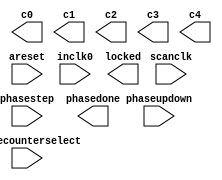
// megafunction wizard: %ALTPLL%VBB%
// GENERATION: STANDARD
// VERSION: WM1.0
// MODULE: altpll 

// ============================================================
// Megafunction Name(s):
// 			altpll
//
// Simulation Library Files(s):
// 			
// ============================================================
// ************************************************************
// THIS IS A WIZARD-GENERATED FILE. DO NOT EDIT THIS FILE!
//
// 10.1 Build 153 11/29/2010 SJ Full Version
// ************************************************************

//Copyright (C) 1991-2010 Altera Corporation
//Your use of Altera Corporation's design tools, logic functions 
//and other software and tools, and its AMPP partner logic 
//functions, and any output files from any of the foregoing 
//(including device programming or simulation files), and any 
//associated documentation or information are expressly subject 
//to the terms and conditions of the Altera Program License 
//Subscription Agreement, Altera MegaCore Function License 
//Agreement, or other applicable license agreement, including, 
//without limitation, that your use is for the sole purpose of 
//programming logic devices manufactured by Altera and sold by 
//Altera or its authorized distributors.  Please refer to the 
//applicable agreement for further details.

module ddr2_sdram_phy_alt_mem_phy_pll (
	areset,
	inclk0,
	phasecounterselect,
	phasestep,
	phaseupdown,
	scanclk,
	c0,
	c1,
	c2,
	c3,
	c4,
	locked,
	phasedone);

	input	  areset;
	input	  inclk0;
	input	[2:0]  phasecounterselect;
	input	  phasestep;
	input	  phaseupdown;
	input	  scanclk;
	output	  c0;
	output	  c1;
	output	  c2;
	output	  c3;
	output	  c4;
	output	  locked;
	output	  phasedone;
`ifndef ALTERA_RESERVED_QIS
// synopsys translate_off
`endif
	tri0	  areset;
	tri0	[2:0]  phasecounterselect;
	tri0	  phasestep;
	tri0	  phaseupdown;
`ifndef ALTERA_RESERVED_QIS
// synopsys translate_on
`endif

endmodule

// ============================================================
// CNX file retrieval info
// ============================================================
// Retrieval info: PRIVATE: ACTIVECLK_CHECK STRING "0"
// Retrieval info: PRIVATE: BANDWIDTH STRING "1.000"
// Retrieval info: PRIVATE: BANDWIDTH_FEATURE_ENABLED STRING "1"
// Retrieval info: PRIVATE: BANDWIDTH_FREQ_UNIT STRING "MHz"
// Retrieval info: PRIVATE: BANDWIDTH_PRESET STRING "Low"
// Retrieval info: PRIVATE: BANDWIDTH_USE_AUTO STRING "1"
// Retrieval info: PRIVATE: BANDWIDTH_USE_PRESET STRING "0"
// Retrieval info: PRIVATE: CLKBAD_SWITCHOVER_CHECK STRING "0"
// Retrieval info: PRIVATE: CLKLOSS_CHECK STRING "0"
// Retrieval info: PRIVATE: CLKSWITCH_CHECK STRING "0"
// Retrieval info: PRIVATE: CNX_NO_COMPENSATE_RADIO STRING "0"
// Retrieval info: PRIVATE: CREATE_CLKBAD_CHECK STRING "0"
// Retrieval info: PRIVATE: CREATE_INCLK1_CHECK STRING "0"
// Retrieval info: PRIVATE: CUR_DEDICATED_CLK STRING "c1"
// Retrieval info: PRIVATE: CUR_FBIN_CLK STRING "e0"
// Retrieval info: PRIVATE: DEVICE_SPEED_GRADE STRING "7"
// Retrieval info: PRIVATE: DIV_FACTOR0 NUMERIC "1"
// Retrieval info: PRIVATE: DIV_FACTOR1 NUMERIC "1"
// Retrieval info: PRIVATE: DIV_FACTOR2 NUMERIC "1"
// Retrieval info: PRIVATE: DIV_FACTOR3 NUMERIC "1"
// Retrieval info: PRIVATE: DIV_FACTOR4 NUMERIC "1"
// Retrieval info: PRIVATE: DUTY_CYCLE0 STRING "50.00000000"
// Retrieval info: PRIVATE: DUTY_CYCLE1 STRING "50.00000000"
// Retrieval info: PRIVATE: DUTY_CYCLE2 STRING "50.00000000"
// Retrieval info: PRIVATE: DUTY_CYCLE3 STRING "50.00000000"
// Retrieval info: PRIVATE: DUTY_CYCLE4 STRING "50.00000000"
// Retrieval info: PRIVATE: EFF_OUTPUT_FREQ_VALUE0 STRING "76.925003"
// Retrieval info: PRIVATE: EFF_OUTPUT_FREQ_VALUE1 STRING "153.850006"
// Retrieval info: PRIVATE: EFF_OUTPUT_FREQ_VALUE2 STRING "153.850006"
// Retrieval info: PRIVATE: EFF_OUTPUT_FREQ_VALUE3 STRING "153.850006"
// Retrieval info: PRIVATE: EFF_OUTPUT_FREQ_VALUE4 STRING "153.850006"
// Retrieval info: PRIVATE: EXPLICIT_SWITCHOVER_COUNTER STRING "0"
// Retrieval info: PRIVATE: EXT_FEEDBACK_RADIO STRING "0"
// Retrieval info: PRIVATE: GLOCKED_COUNTER_EDIT_CHANGED STRING "1"
// Retrieval info: PRIVATE: GLOCKED_FEATURE_ENABLED STRING "0"
// Retrieval info: PRIVATE: GLOCKED_MODE_CHECK STRING "0"
// Retrieval info: PRIVATE: GLOCK_COUNTER_EDIT NUMERIC "1048575"
// Retrieval info: PRIVATE: HAS_MANUAL_SWITCHOVER STRING "1"
// Retrieval info: PRIVATE: INCLK0_FREQ_EDIT STRING "50.000"
// Retrieval info: PRIVATE: INCLK0_FREQ_UNIT_COMBO STRING "MHz"
// Retrieval info: PRIVATE: INCLK1_FREQ_EDIT STRING "100.000"
// Retrieval info: PRIVATE: INCLK1_FREQ_EDIT_CHANGED STRING "1"
// Retrieval info: PRIVATE: INCLK1_FREQ_UNIT_CHANGED STRING "1"
// Retrieval info: PRIVATE: INCLK1_FREQ_UNIT_COMBO STRING "MHz"
// Retrieval info: PRIVATE: INTENDED_DEVICE_FAMILY STRING "Cyclone III"
// Retrieval info: PRIVATE: INT_FEEDBACK__MODE_RADIO STRING "1"
// Retrieval info: PRIVATE: LOCKED_OUTPUT_CHECK STRING "1"
// Retrieval info: PRIVATE: LONG_SCAN_RADIO STRING "1"
// Retrieval info: PRIVATE: LVDS_MODE_DATA_RATE STRING "Not Available"
// Retrieval info: PRIVATE: LVDS_MODE_DATA_RATE_DIRTY NUMERIC "0"
// Retrieval info: PRIVATE: LVDS_PHASE_SHIFT_UNIT0 STRING "deg"
// Retrieval info: PRIVATE: LVDS_PHASE_SHIFT_UNIT1 STRING "deg"
// Retrieval info: PRIVATE: LVDS_PHASE_SHIFT_UNIT2 STRING "deg"
// Retrieval info: PRIVATE: LVDS_PHASE_SHIFT_UNIT3 STRING "deg"
// Retrieval info: PRIVATE: LVDS_PHASE_SHIFT_UNIT4 STRING "deg"
// Retrieval info: PRIVATE: MANUAL_PHASE_SHIFT_STEP_EDIT STRING "101.00000000"
// Retrieval info: PRIVATE: MANUAL_PHASE_SHIFT_STEP_UNIT STRING "ps"
// Retrieval info: PRIVATE: MIG_DEVICE_SPEED_GRADE STRING "Any"
// Retrieval info: PRIVATE: MIRROR_CLK0 STRING "0"
// Retrieval info: PRIVATE: MIRROR_CLK1 STRING "0"
// Retrieval info: PRIVATE: MIRROR_CLK2 STRING "0"
// Retrieval info: PRIVATE: MIRROR_CLK3 STRING "0"
// Retrieval info: PRIVATE: MIRROR_CLK4 STRING "0"
// Retrieval info: PRIVATE: MULT_FACTOR0 NUMERIC "1"
// Retrieval info: PRIVATE: MULT_FACTOR1 NUMERIC "2"
// Retrieval info: PRIVATE: MULT_FACTOR2 NUMERIC "2"
// Retrieval info: PRIVATE: MULT_FACTOR3 NUMERIC "2"
// Retrieval info: PRIVATE: MULT_FACTOR4 NUMERIC "2"
// Retrieval info: PRIVATE: NORMAL_MODE_RADIO STRING "1"
// Retrieval info: PRIVATE: OUTPUT_FREQ0 STRING "76.92500000"
// Retrieval info: PRIVATE: OUTPUT_FREQ1 STRING "153.85000000"
// Retrieval info: PRIVATE: OUTPUT_FREQ2 STRING "153.85000000"
// Retrieval info: PRIVATE: OUTPUT_FREQ3 STRING "153.85000000"
// Retrieval info: PRIVATE: OUTPUT_FREQ4 STRING "153.85000000"
// Retrieval info: PRIVATE: OUTPUT_FREQ_MODE0 STRING "1"
// Retrieval info: PRIVATE: OUTPUT_FREQ_MODE1 STRING "1"
// Retrieval info: PRIVATE: OUTPUT_FREQ_MODE2 STRING "1"
// Retrieval info: PRIVATE: OUTPUT_FREQ_MODE3 STRING "1"
// Retrieval info: PRIVATE: OUTPUT_FREQ_MODE4 STRING "1"
// Retrieval info: PRIVATE: OUTPUT_FREQ_UNIT0 STRING "MHz"
// Retrieval info: PRIVATE: OUTPUT_FREQ_UNIT1 STRING "MHz"
// Retrieval info: PRIVATE: OUTPUT_FREQ_UNIT2 STRING "MHz"
// Retrieval info: PRIVATE: OUTPUT_FREQ_UNIT3 STRING "MHz"
// Retrieval info: PRIVATE: OUTPUT_FREQ_UNIT4 STRING "MHz"
// Retrieval info: PRIVATE: PHASE_RECONFIG_FEATURE_ENABLED STRING "1"
// Retrieval info: PRIVATE: PHASE_RECONFIG_INPUTS_CHECK STRING "1"
// Retrieval info: PRIVATE: PHASE_SHIFT0 STRING "0.00000000"
// Retrieval info: PRIVATE: PHASE_SHIFT1 STRING "0.00000000"
// Retrieval info: PRIVATE: PHASE_SHIFT2 STRING "-90.00000000"
// Retrieval info: PRIVATE: PHASE_SHIFT3 STRING "0.00000000"
// Retrieval info: PRIVATE: PHASE_SHIFT4 STRING "0.00000000"
// Retrieval info: PRIVATE: PHASE_SHIFT_STEP_ENABLED_CHECK STRING "1"
// Retrieval info: PRIVATE: PHASE_SHIFT_UNIT0 STRING "deg"
// Retrieval info: PRIVATE: PHASE_SHIFT_UNIT1 STRING "deg"
// Retrieval info: PRIVATE: PHASE_SHIFT_UNIT2 STRING "deg"
// Retrieval info: PRIVATE: PHASE_SHIFT_UNIT3 STRING "deg"
// Retrieval info: PRIVATE: PHASE_SHIFT_UNIT4 STRING "deg"
// Retrieval info: PRIVATE: PLL_ADVANCED_PARAM_CHECK STRING "0"
// Retrieval info: PRIVATE: PLL_ARESET_CHECK STRING "1"
// Retrieval info: PRIVATE: PLL_AUTOPLL_CHECK NUMERIC "1"
// Retrieval info: PRIVATE: PLL_ENHPLL_CHECK NUMERIC "0"
// Retrieval info: PRIVATE: PLL_FASTPLL_CHECK NUMERIC "0"
// Retrieval info: PRIVATE: PLL_FBMIMIC_CHECK STRING "0"
// Retrieval info: PRIVATE: PLL_LVDS_PLL_CHECK NUMERIC "0"
// Retrieval info: PRIVATE: PLL_PFDENA_CHECK STRING "0"
// Retrieval info: PRIVATE: PLL_TARGET_HARCOPY_CHECK NUMERIC "0"
// Retrieval info: PRIVATE: PRIMARY_CLK_COMBO STRING "inclk0"
// Retrieval info: PRIVATE: RECONFIG_FILE STRING "alt_mem_phy_pll.mif"
// Retrieval info: PRIVATE: SACN_INPUTS_CHECK STRING "0"
// Retrieval info: PRIVATE: SCAN_FEATURE_ENABLED STRING "1"
// Retrieval info: PRIVATE: SELF_RESET_LOCK_LOSS STRING "0"
// Retrieval info: PRIVATE: SHORT_SCAN_RADIO STRING "0"
// Retrieval info: PRIVATE: SPREAD_FEATURE_ENABLED STRING "0"
// Retrieval info: PRIVATE: SPREAD_FREQ STRING "50.000"
// Retrieval info: PRIVATE: SPREAD_FREQ_UNIT STRING "KHz"
// Retrieval info: PRIVATE: SPREAD_PERCENT STRING "0.500"
// Retrieval info: PRIVATE: SPREAD_USE STRING "0"
// Retrieval info: PRIVATE: SRC_SYNCH_COMP_RADIO STRING "0"
// Retrieval info: PRIVATE: STICKY_CLK0 STRING "1"
// Retrieval info: PRIVATE: STICKY_CLK1 STRING "1"
// Retrieval info: PRIVATE: STICKY_CLK2 STRING "1"
// Retrieval info: PRIVATE: STICKY_CLK3 STRING "1"
// Retrieval info: PRIVATE: STICKY_CLK4 STRING "1"
// Retrieval info: PRIVATE: SWITCHOVER_COUNT_EDIT NUMERIC "1"
// Retrieval info: PRIVATE: SWITCHOVER_FEATURE_ENABLED STRING "1"
// Retrieval info: PRIVATE: SYNTH_WRAPPER_GEN_POSTFIX STRING "0"
// Retrieval info: PRIVATE: USE_CLK0 STRING "1"
// Retrieval info: PRIVATE: USE_CLK1 STRING "1"
// Retrieval info: PRIVATE: USE_CLK2 STRING "1"
// Retrieval info: PRIVATE: USE_CLK3 STRING "1"
// Retrieval info: PRIVATE: USE_CLK4 STRING "1"
// Retrieval info: PRIVATE: USE_CLKENA0 STRING "0"
// Retrieval info: PRIVATE: USE_CLKENA1 STRING "0"
// Retrieval info: PRIVATE: USE_CLKENA2 STRING "0"
// Retrieval info: PRIVATE: USE_CLKENA3 STRING "0"
// Retrieval info: PRIVATE: USE_CLKENA4 STRING "0"
// Retrieval info: PRIVATE: USE_MIL_SPEED_GRADE NUMERIC "0"
// Retrieval info: PRIVATE: ZERO_DELAY_RADIO STRING "0"
// Retrieval info: LIBRARY: altera_mf altera_mf.altera_mf_components.all
// Retrieval info: CONSTANT: BANDWIDTH_TYPE STRING "AUTO"
// Retrieval info: CONSTANT: CLK0_DIVIDE_BY NUMERIC "2000"
// Retrieval info: CONSTANT: CLK0_DUTY_CYCLE NUMERIC "50"
// Retrieval info: CONSTANT: CLK0_MULTIPLY_BY NUMERIC "3077"
// Retrieval info: CONSTANT: CLK0_PHASE_SHIFT STRING "0"
// Retrieval info: CONSTANT: CLK1_DIVIDE_BY NUMERIC "1000"
// Retrieval info: CONSTANT: CLK1_DUTY_CYCLE NUMERIC "50"
// Retrieval info: CONSTANT: CLK1_MULTIPLY_BY NUMERIC "3077"
// Retrieval info: CONSTANT: CLK1_PHASE_SHIFT STRING "0"
// Retrieval info: CONSTANT: CLK2_DIVIDE_BY NUMERIC "1000"
// Retrieval info: CONSTANT: CLK2_DUTY_CYCLE NUMERIC "50"
// Retrieval info: CONSTANT: CLK2_MULTIPLY_BY NUMERIC "3077"
// Retrieval info: CONSTANT: CLK2_PHASE_SHIFT STRING "-1625"
// Retrieval info: CONSTANT: CLK3_DIVIDE_BY NUMERIC "1000"
// Retrieval info: CONSTANT: CLK3_DUTY_CYCLE NUMERIC "50"
// Retrieval info: CONSTANT: CLK3_MULTIPLY_BY NUMERIC "3077"
// Retrieval info: CONSTANT: CLK3_PHASE_SHIFT STRING "0"
// Retrieval info: CONSTANT: CLK4_DIVIDE_BY NUMERIC "1000"
// Retrieval info: CONSTANT: CLK4_DUTY_CYCLE NUMERIC "50"
// Retrieval info: CONSTANT: CLK4_MULTIPLY_BY NUMERIC "3077"
// Retrieval info: CONSTANT: CLK4_PHASE_SHIFT STRING "0"
// Retrieval info: CONSTANT: COMPENSATE_CLOCK STRING "CLK1"
// Retrieval info: CONSTANT: INCLK0_INPUT_FREQUENCY NUMERIC "20000"
// Retrieval info: CONSTANT: INTENDED_DEVICE_FAMILY STRING "Cyclone III"
// Retrieval info: CONSTANT: LPM_TYPE STRING "altpll"
// Retrieval info: CONSTANT: OPERATION_MODE STRING "NORMAL"
// Retrieval info: CONSTANT: PLL_TYPE STRING "AUTO"
// Retrieval info: CONSTANT: PORT_ACTIVECLOCK STRING "PORT_UNUSED"
// Retrieval info: CONSTANT: PORT_ARESET STRING "PORT_USED"
// Retrieval info: CONSTANT: PORT_CLKBAD0 STRING "PORT_UNUSED"
// Retrieval info: CONSTANT: PORT_CLKBAD1 STRING "PORT_UNUSED"
// Retrieval info: CONSTANT: PORT_CLKLOSS STRING "PORT_UNUSED"
// Retrieval info: CONSTANT: PORT_CLKSWITCH STRING "PORT_UNUSED"
// Retrieval info: CONSTANT: PORT_CONFIGUPDATE STRING "PORT_UNUSED"
// Retrieval info: CONSTANT: PORT_FBIN STRING "PORT_UNUSED"
// Retrieval info: CONSTANT: PORT_INCLK0 STRING "PORT_USED"
// Retrieval info: CONSTANT: PORT_INCLK1 STRING "PORT_UNUSED"
// Retrieval info: CONSTANT: PORT_LOCKED STRING "PORT_USED"
// Retrieval info: CONSTANT: PORT_PFDENA STRING "PORT_UNUSED"
// Retrieval info: CONSTANT: PORT_PHASECOUNTERSELECT STRING "PORT_USED"
// Retrieval info: CONSTANT: PORT_PHASEDONE STRING "PORT_USED"
// Retrieval info: CONSTANT: PORT_PHASESTEP STRING "PORT_USED"
// Retrieval info: CONSTANT: PORT_PHASEUPDOWN STRING "PORT_USED"
// Retrieval info: CONSTANT: PORT_PLLENA STRING "PORT_UNUSED"
// Retrieval info: CONSTANT: PORT_SCANACLR STRING "PORT_UNUSED"
// Retrieval info: CONSTANT: PORT_SCANCLK STRING "PORT_USED"
// Retrieval info: CONSTANT: PORT_SCANCLKENA STRING "PORT_UNUSED"
// Retrieval info: CONSTANT: PORT_SCANDATA STRING "PORT_UNUSED"
// Retrieval info: CONSTANT: PORT_SCANDATAOUT STRING "PORT_UNUSED"
// Retrieval info: CONSTANT: PORT_SCANDONE STRING "PORT_UNUSED"
// Retrieval info: CONSTANT: PORT_SCANREAD STRING "PORT_UNUSED"
// Retrieval info: CONSTANT: PORT_SCANWRITE STRING "PORT_UNUSED"
// Retrieval info: CONSTANT: PORT_clk0 STRING "PORT_USED"
// Retrieval info: CONSTANT: PORT_clk1 STRING "PORT_USED"
// Retrieval info: CONSTANT: PORT_clk2 STRING "PORT_USED"
// Retrieval info: CONSTANT: PORT_clk3 STRING "PORT_USED"
// Retrieval info: CONSTANT: PORT_clk4 STRING "PORT_USED"
// Retrieval info: CONSTANT: PORT_clk5 STRING "PORT_UNUSED"
// Retrieval info: CONSTANT: PORT_clkena0 STRING "PORT_UNUSED"
// Retrieval info: CONSTANT: PORT_clkena1 STRING "PORT_UNUSED"
// Retrieval info: CONSTANT: PORT_clkena2 STRING "PORT_UNUSED"
// Retrieval info: CONSTANT: PORT_clkena3 STRING "PORT_UNUSED"
// Retrieval info: CONSTANT: PORT_clkena4 STRING "PORT_UNUSED"
// Retrieval info: CONSTANT: PORT_clkena5 STRING "PORT_UNUSED"
// Retrieval info: CONSTANT: PORT_extclk0 STRING "PORT_UNUSED"
// Retrieval info: CONSTANT: PORT_extclk1 STRING "PORT_UNUSED"
// Retrieval info: CONSTANT: PORT_extclk2 STRING "PORT_UNUSED"
// Retrieval info: CONSTANT: PORT_extclk3 STRING "PORT_UNUSED"
// Retrieval info: CONSTANT: SELF_RESET_ON_LOSS_LOCK STRING "OFF"
// Retrieval info: CONSTANT: VCO_FREQUENCY_CONTROL STRING "MANUAL_PHASE"
// Retrieval info: CONSTANT: VCO_PHASE_SHIFT_STEP NUMERIC "101"
// Retrieval info: CONSTANT: WIDTH_CLOCK NUMERIC "5"
// Retrieval info: CONSTANT: WIDTH_PHASECOUNTERSELECT NUMERIC "3"
// Retrieval info: USED_PORT: @clk 0 0 5 0 OUTPUT_CLK_EXT VCC "@clk[4..0]"
// Retrieval info: USED_PORT: areset 0 0 0 0 INPUT GND "areset"
// Retrieval info: USED_PORT: c0 0 0 0 0 OUTPUT_CLK_EXT VCC "c0"
// Retrieval info: USED_PORT: c1 0 0 0 0 OUTPUT_CLK_EXT VCC "c1"
// Retrieval info: USED_PORT: c2 0 0 0 0 OUTPUT_CLK_EXT VCC "c2"
// Retrieval info: USED_PORT: c3 0 0 0 0 OUTPUT_CLK_EXT VCC "c3"
// Retrieval info: USED_PORT: c4 0 0 0 0 OUTPUT_CLK_EXT VCC "c4"
// Retrieval info: USED_PORT: inclk0 0 0 0 0 INPUT_CLK_EXT GND "inclk0"
// Retrieval info: USED_PORT: locked 0 0 0 0 OUTPUT GND "locked"
// Retrieval info: USED_PORT: phasecounterselect 0 0 3 0 INPUT GND "phasecounterselect[2..0]"
// Retrieval info: USED_PORT: phasedone 0 0 0 0 OUTPUT GND "phasedone"
// Retrieval info: USED_PORT: phasestep 0 0 0 0 INPUT GND "phasestep"
// Retrieval info: USED_PORT: phaseupdown 0 0 0 0 INPUT GND "phaseupdown"
// Retrieval info: USED_PORT: scanclk 0 0 0 0 INPUT_CLK_EXT VCC "scanclk"
// Retrieval info: CONNECT: @areset 0 0 0 0 areset 0 0 0 0
// Retrieval info: CONNECT: @inclk 0 0 1 1 GND 0 0 0 0
// Retrieval info: CONNECT: @inclk 0 0 1 0 inclk0 0 0 0 0
// Retrieval info: CONNECT: @phasecounterselect 0 0 3 0 phasecounterselect 0 0 3 0
// Retrieval info: CONNECT: @phasestep 0 0 0 0 phasestep 0 0 0 0
// Retrieval info: CONNECT: @phaseupdown 0 0 0 0 phaseupdown 0 0 0 0
// Retrieval info: CONNECT: @scanclk 0 0 0 0 scanclk 0 0 0 0
// Retrieval info: CONNECT: c0 0 0 0 0 @clk 0 0 1 0
// Retrieval info: CONNECT: c1 0 0 0 0 @clk 0 0 1 1
// Retrieval info: CONNECT: c2 0 0 0 0 @clk 0 0 1 2
// Retrieval info: CONNECT: c3 0 0 0 0 @clk 0 0 1 3
// Retrieval info: CONNECT: c4 0 0 0 0 @clk 0 0 1 4
// Retrieval info: CONNECT: locked 0 0 0 0 @locked 0 0 0 0
// Retrieval info: CONNECT: phasedone 0 0 0 0 @phasedone 0 0 0 0
// Retrieval info: GEN_FILE: TYPE_NORMAL ddr2_sdram_phy_alt_mem_phy_pll.v TRUE
// Retrieval info: GEN_FILE: TYPE_NORMAL ddr2_sdram_phy_alt_mem_phy_pll.inc FALSE
// Retrieval info: GEN_FILE: TYPE_NORMAL ddr2_sdram_phy_alt_mem_phy_pll.cmp FALSE
// Retrieval info: GEN_FILE: TYPE_NORMAL ddr2_sdram_phy_alt_mem_phy_pll.bsf FALSE
// Retrieval info: GEN_FILE: TYPE_NORMAL ddr2_sdram_phy_alt_mem_phy_pll_inst.v FALSE
// Retrieval info: GEN_FILE: TYPE_NORMAL ddr2_sdram_phy_alt_mem_phy_pll_bb.v TRUE